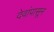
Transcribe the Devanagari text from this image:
देवांपासून